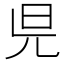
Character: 𣅏